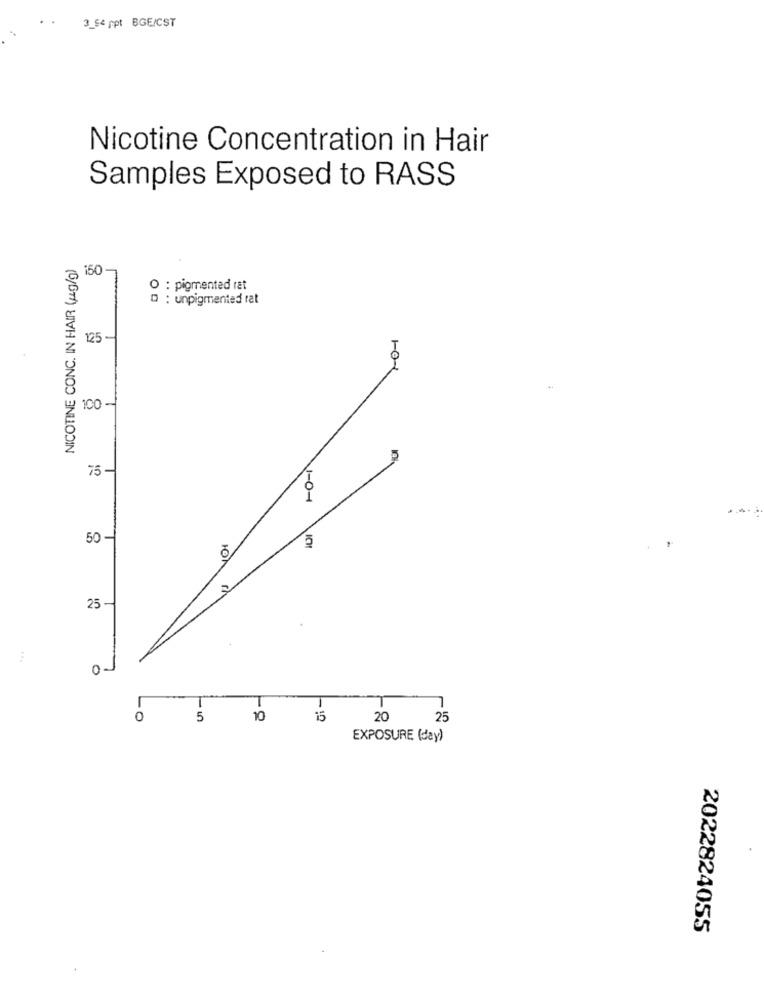
3_54 ppt BGE/CST
Nicotine Concentration in Hair
Samples Exposed to RASS
NICOTINE CONC. IN HAIR (1g/g)
150
O : pigmented rat
0 : unpigmented rat
125-
100 -
75 -
1-04
50-
10
25-
0-
0
5
10
15
20
25
EXPOSURE (day)
2022824055